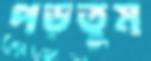
পড়তুম